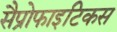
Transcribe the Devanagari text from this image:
सैप्रोफाइटिकस